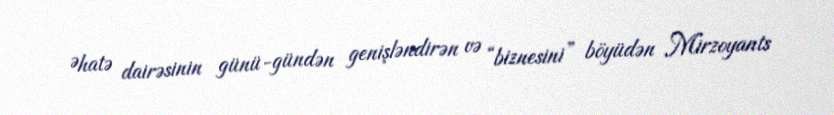
Əhatə dairəsinin günü-gündən genişləndirən və “biznesini” böyüdən Mirzoyants